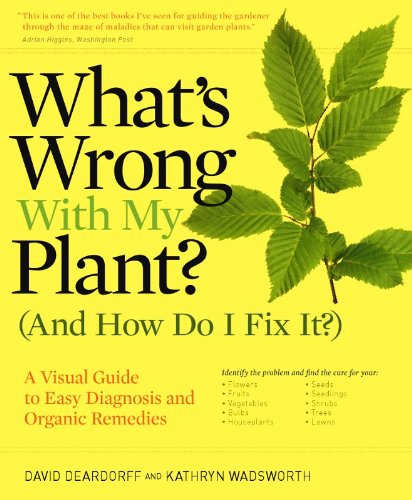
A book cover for What's Wrong With My Plant? (And How Do I Fix It?): A Visual Guide to Easy Diagnosis and Organic Remedies; David Deardorff; Crafts, Hobbies & Home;